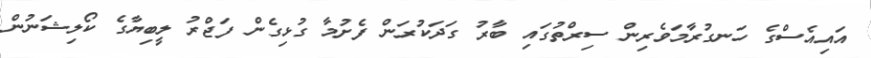
އައިއެސްގެ ހަނގުރާމަވެރިން ސިރްތުގައި ބާރު ގަދަކުރަން ފެށުމާ ގުޅިގެން ފަޖްރު ލީބިޔާގެ ކޯލިޝަނުން